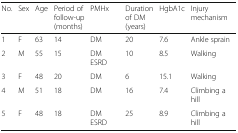
<table><thead><tr><td><b>No.</b></td><td><b>Sex</b></td><td><b>Age</b></td><td><b>Period of follow-up (months)</b></td><td><b>PMHx</b></td><td><b>Duration of DM (years)</b></td><td><b>HgbA1c</b></td><td><b>Injury mechanism</b></td></tr></thead><tbody><tr><td>1</td><td>F</td><td>63</td><td>14</td><td>DM</td><td>20</td><td>7.6</td><td>Ankle sprain</td></tr><tr><td>2</td><td>M</td><td>55</td><td>15</td><td>DM ESRD</td><td>10</td><td>8.5</td><td>Walking</td></tr><tr><td>3</td><td>F</td><td>48</td><td>20</td><td>DM</td><td>6</td><td>15.1</td><td>Walking</td></tr><tr><td>4</td><td>M</td><td>51</td><td>18</td><td>DM</td><td>16</td><td>7.4</td><td>Climbing a hill</td></tr><tr><td>5</td><td>F</td><td>48</td><td>18</td><td>DM ESRD</td><td>25</td><td>8.9</td><td>Climbing a hill</td></tr></tbody></table>